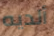
ألديه